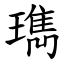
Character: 㻽